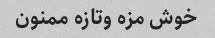
خوش مزه وتازه ممنون